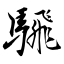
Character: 騛